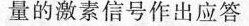
量的激素信号作出应答